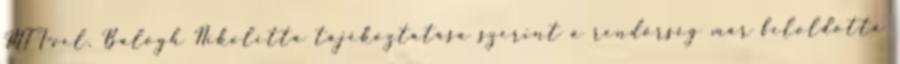
MTI-vel. Balogh Nikoletta tájékoztatása szerint a rendőrség már feloldotta